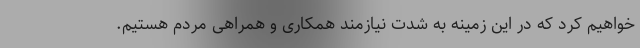
خواهیم کرد که در این زمینه به شدت نیازمند همکاری و همراهی مردم هستیم.